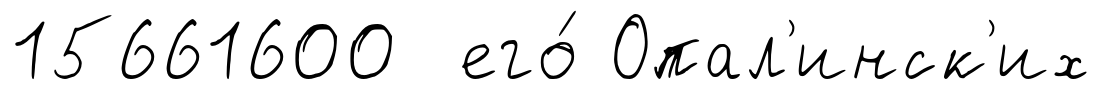
15661600 его́ Опал'инск'их